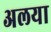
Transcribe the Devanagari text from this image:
अलया